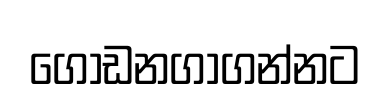
ගොඩනගාගන්නට